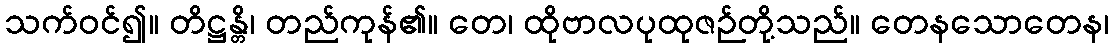
သက်ဝင်၍။ တိဋ္ဌန္တိ၊ တည်ကုန်၏။ တေ၊ ထိုဗာလပုထုဇဉ်တို့သည်။ တေနသောတေန၊